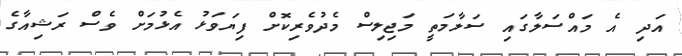
އަދި އެ މައްސަލާގައި ސަލާމަތީ މަޖިލިސް މެދުވެރިކޮށް ފިޔަވަޅު އެޅުމަށް ވެސް ރަޝިއާގެ